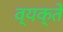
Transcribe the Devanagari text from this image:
व्यक्ते